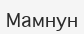
Мамнун